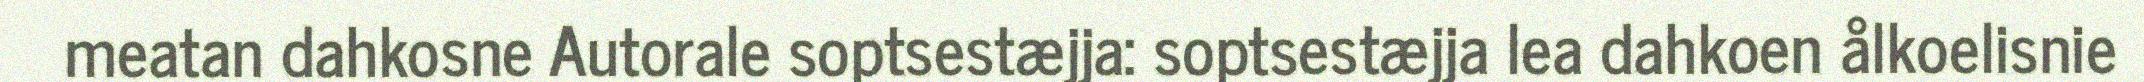
meatan dahkosne Autorale soptsestæjja: soptsestæjja lea dahkoen ålkoelisnie